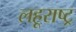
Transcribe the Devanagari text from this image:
लहूराष्ट्र